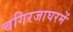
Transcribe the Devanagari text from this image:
चगिरजाघरमें